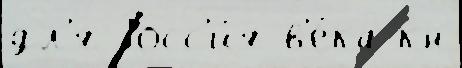
дл'я Росс'и́я в'е́ка кн